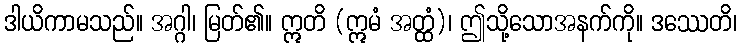
ဒါယိကာမသည်။ အဂ္ဂါ၊ မြတ်၏။ ဣတိ (ဣမံ အတ္ထံ)၊ ဤသို့သောအနက်ကို။ ဒဿေတိ၊